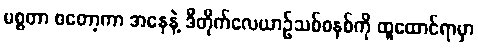
မစ္စတာ စတော့ကာ အနေနဲ့ ဒီတိုက်လေယာဉ်သစ်စနစ်ကို ထူထောင်ရာမှာ